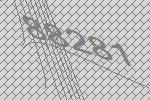
88281